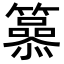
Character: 𥶟